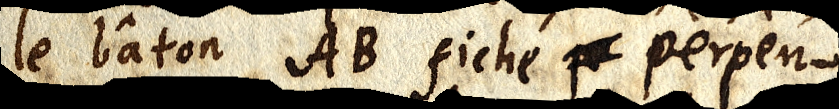
le bâton AB fiché p_ perpen-